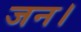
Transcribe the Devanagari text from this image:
जन।